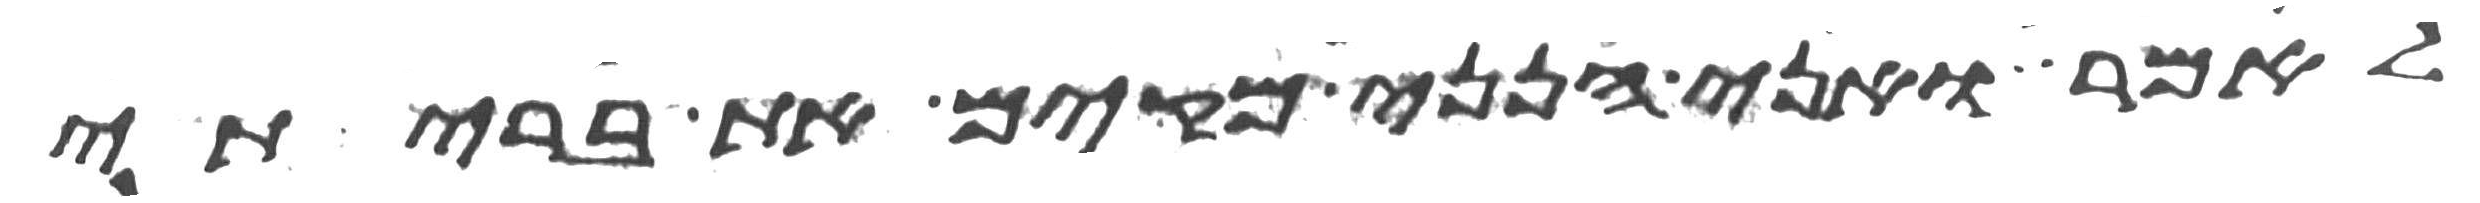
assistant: לאמר ואני הנני מקים את בריתי